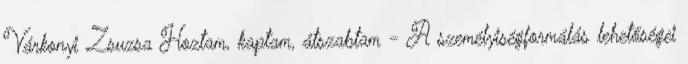
Várkonyi Zsuzsa Hoztam, kaptam, átszabtam - A személyiségformálás lehetőségei